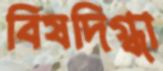
বিষদিগ্ধা